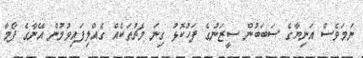
ނަމަވެސް އަނިޔާގެ ސަބަބުން ސީޒަނުގެ ފަހުކޮޅު ގިނަ މެޗުތަކެއް ގެއްލިފައިވުމުން އޭނާގެ ފޯމާ